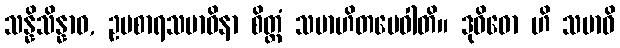
သန္နိသိန္နာဝ, ဥပစာရသမာဓိနာ စိတ္တံ သမာဟိတမေဝါတိ။ ဒုဝိဓော ဟိ သမာဓိ